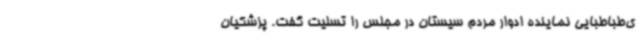
ی‌طباطبایی نماینده ادوار مردم سیستان در مجلس را تسلیت گفت. پزشکیان